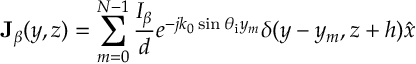
\mathbf { J } _ { \beta } ( y , z ) = \sum _ { m = 0 } ^ { N - 1 } { \frac { I _ { \beta } } { d } } e ^ { - j k _ { 0 } \sin \theta _ { \mathrm { i } } y _ { m } } \delta ( y - y _ { m } , z + h ) \hat { x }